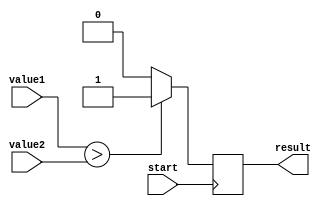
module GreaterThanComparator(
    input [7:0] value1,
    input [7:0] value2,
    input start,
    output result
);

reg result;

always @ (posedge start)
begin
    if (value1 > value2)
        result <= 1;
    else
        result <= 0;
end

endmodule